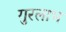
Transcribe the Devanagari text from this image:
गुरलाभ